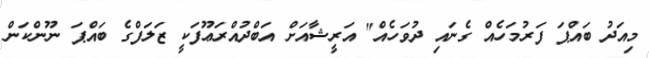
މިއަދު ބައްޕަ ފަރުމަހެއް ގެނައި ދުވަހެއް" އަރީޝާއަށް އަބްދުއްރަޢޫފަކީ ޒަލަފްގެ ބައްޕަ ނޫންކަން